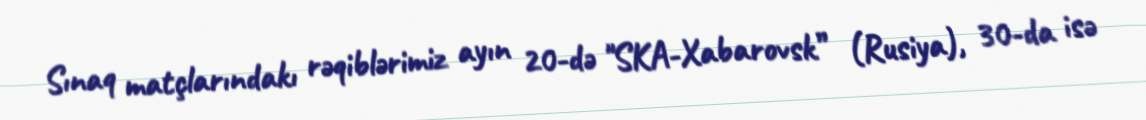
Sınaq matçlarındakı rəqiblərimiz ayın 20-də "SKA-Xabarovsk” (Rusiya), 30-da isə